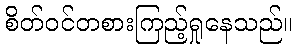
စိတ်ဝင်တစားကြည့်ရှုနေသည်။